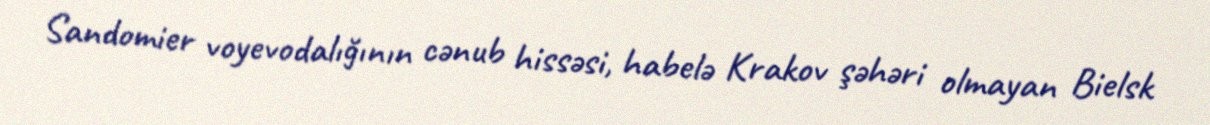
Sandomier voyevodalığının cənub hissəsi, habelə Krakov şəhəri olmayan Bielsk